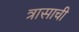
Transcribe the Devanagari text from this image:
त्रासाची